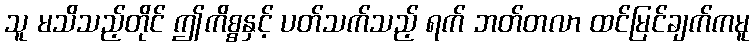
သူ မသိသည့်တိုင် ဤကိစ္စနှင့် ပတ်သက်သည့် ရက် ဘတ်တလာ ထင်မြင်ချက်ကမူ